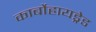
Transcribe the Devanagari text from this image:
कार्बोहायड्रेड